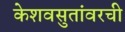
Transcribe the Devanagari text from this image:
केशवसुतांवरची